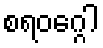
စရဝဂ္ဂေါ